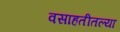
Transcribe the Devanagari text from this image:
वसाहतीतल्या